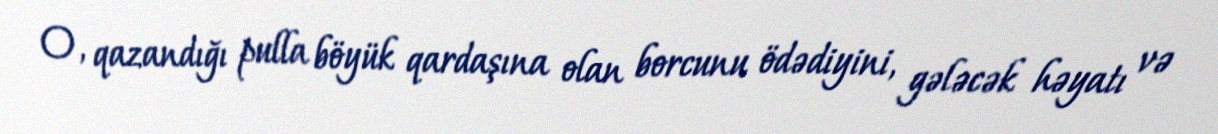
O, qazandığı pulla böyük qardaşına olan borcunu ödədiyini, gələcək həyatı və